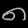
Digit: ၈